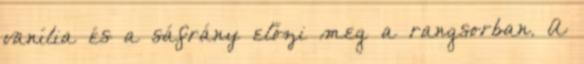
vanília és a sáfrány előzi meg a rangsorban. A